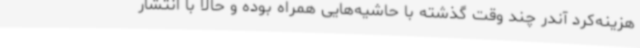
هزینه‌کرد آندر چند وقت گذشته با حاشیه‌هایی همراه بوده و حالا با انتشار